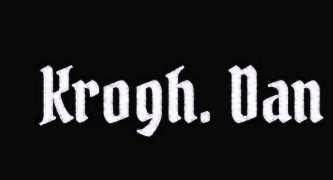
Krogh. Dan